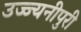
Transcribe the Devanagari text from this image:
उज्ज्यनीपुरी